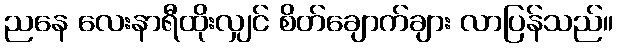
ညနေ လေးနာရီထိုးလျှင် စိတ်ချောက်ချား လာပြန်သည်။